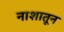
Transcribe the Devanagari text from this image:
नाशातून